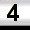
Digit: 3